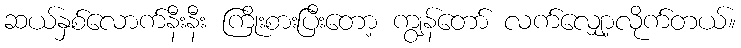
ဆယ်နှစ်လောက်နီးနီး ကြိုးစားပြီးတော့ ကျွန်တော် လက်လျှော့လိုက်တယ်။